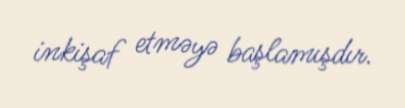
inkişaf etməyə başlamışdır.